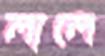
লালে